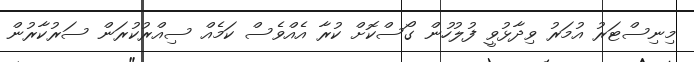
މިނިސްޓަރު އުމަރު ވިދާޅުވީ ފުލުހުން ގޯސްކޮށް ކުރާ އެއްވެސް ކަމެއް ސިއްރުކުރަން ސަރުކާރުން